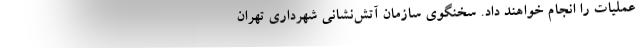
عملیات را انجام خواهند داد. سخنگوی سازمان آتش‌نشانی شهرداری تهران